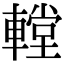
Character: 𨎋